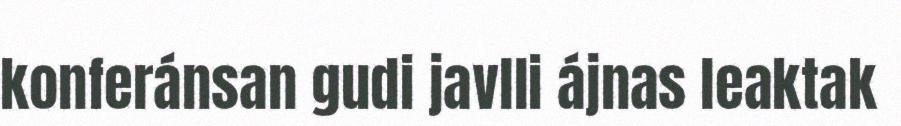
konferánsan gudi javlli ájnas leaktak